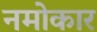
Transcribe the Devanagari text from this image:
नमोकार